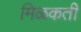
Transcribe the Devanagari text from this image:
मिळकती